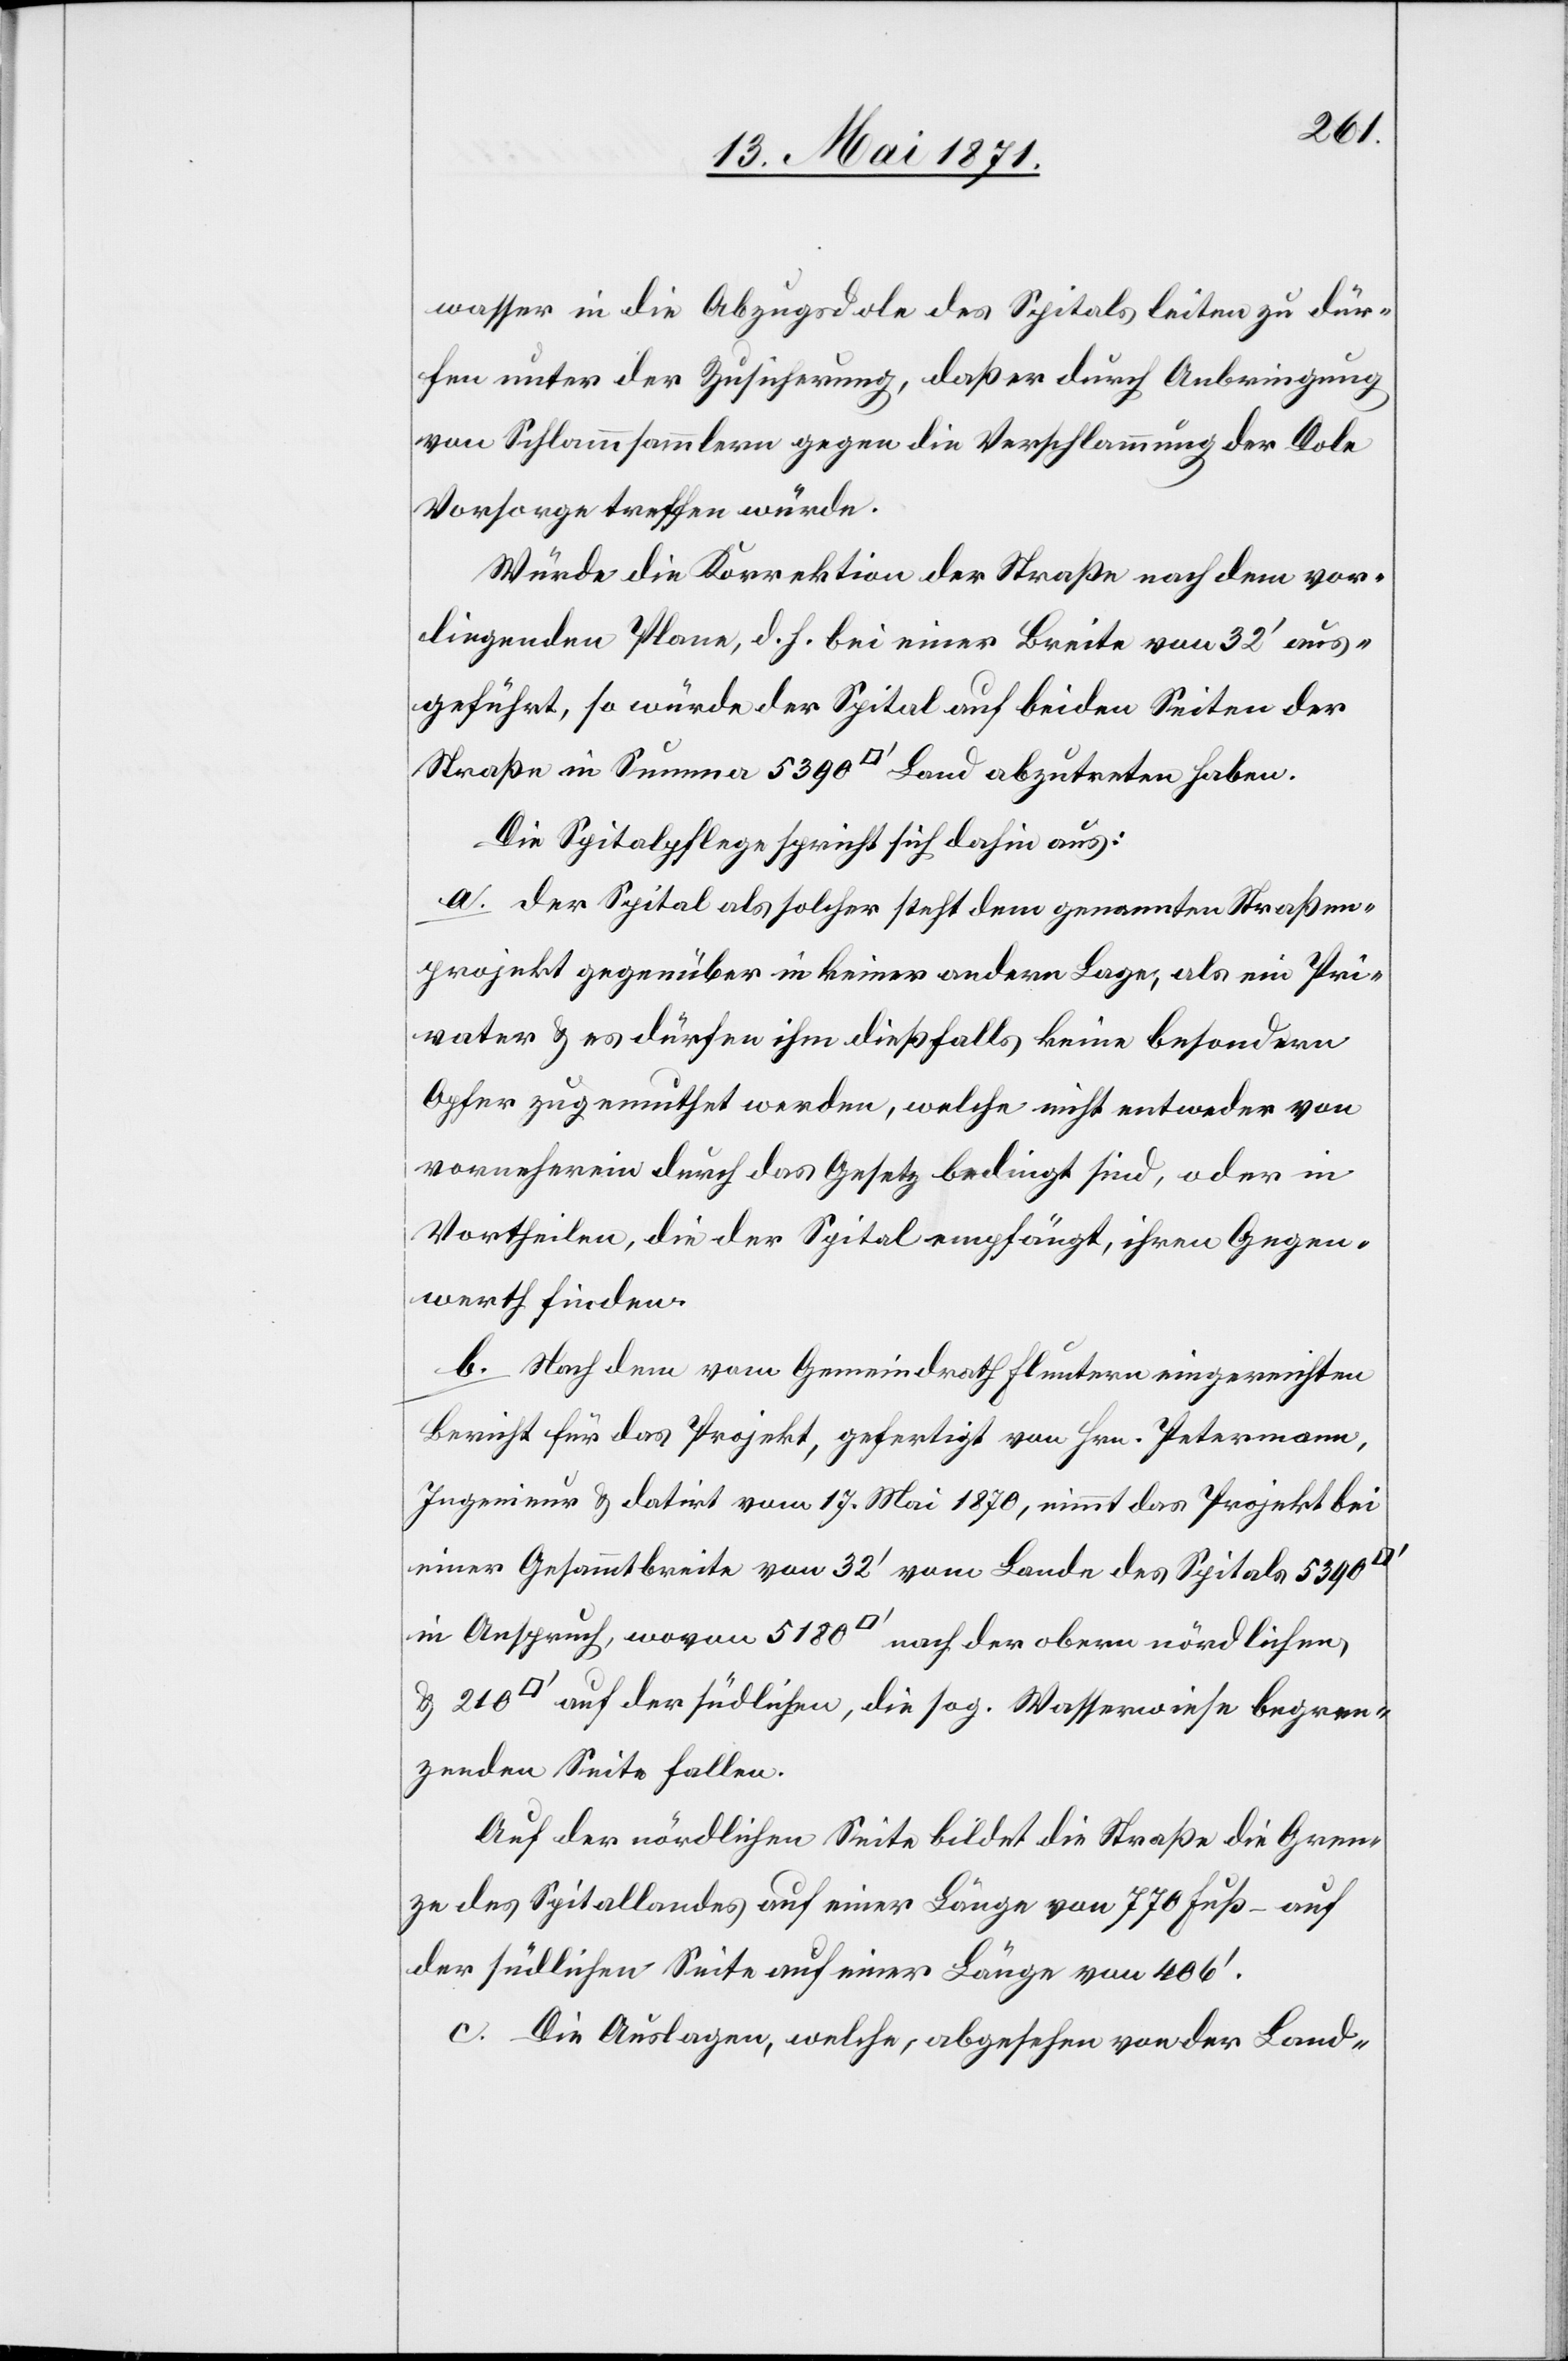
wasser in die Abzugsdole des Spitals leiten zu dür¬
fen unter der Zusicherung, daß er durch Anbringung
von Schlammsammlern gegen die Verschlammung der Dole
Vorsorge treffen würde.
Würde die Korrektion der Straße nach dem vor¬
liegenden Plane, d. h. bei einer Breite von 32‘ aus¬
geführt, so würde der Spital auf beiden Seiten der
Straße in Summa 5390 [Quadratfuss] Land abzutreten haben.
Die Spitalpflege spricht sich dahin aus:
a. der Spital als solcher steht dem genannten Straßen¬
projekt gegenüber in keiner andern Lage, als ein Pri¬
vater u. es dürfen ihm dießfalls keine besondern
Opfer zugemuthet werden, welche nicht entweder von
vorneherein durch das Gesetz bedingt sind, oder in
Vortheilen, die der Spital empfängt, ihren Gegen¬
werth finden.
b. Nach dem vom Gemeindrath Fluntern eingereichten
Bericht für das Projekt, gefertigt von Hrn. Petermann,
Ingenieur u. datirt vom 17. Mai 1870, nimmt das Projekt bei
einer Gesammtbreite von 32‘ vom Lande des Spitals 5390
in Anspruch, wovon 5180 [Quadratfuss] nach der obern nördlichen,
[Quadratfuss] auf der südlichen, die sog. Wasserwiese begren¬
zenden Seite fallen.
Auf der nördlichen Seite bildet die Straße die Gren¬
ze des Spitallandes auf einer Länge von 770 Fuß – auf
der südlichen Seite auf einer Länge von 406‘.
c. Die Auslagen, welche, abgesehen von der Land-